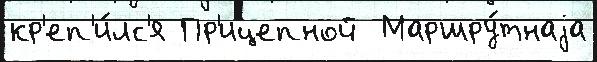
кр'еп'и́лс'я Пр'ицепной  Маршру́тнаjа